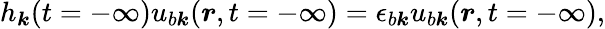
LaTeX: \begin{array}{r}{h_{\boldsymbol k}(t=-\infty)u_{b\boldsymbol k}(\boldsymbol r,t=-\infty)=\epsilon_{b\boldsymbol k}u_{b\boldsymbol k}(\boldsymbol r,t=-\infty),}\end{array}